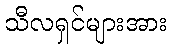
သီလရှင်များအား